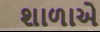
શાળાએ